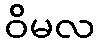
ဝိမလ